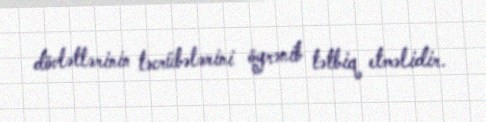
dövlətlərinin təcrübələrini öyrənib tətbiq etməlidir.